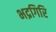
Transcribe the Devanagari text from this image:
भद्रगिरि